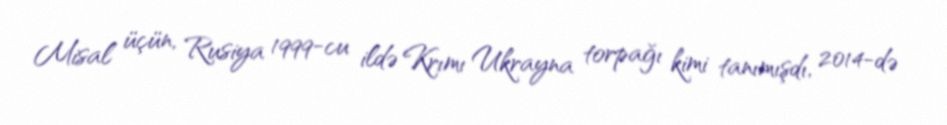
Misal üçün, Rusiya 1999-cu ildə Krımı Ukrayna torpağı kimi tanımışdı, 2014-də